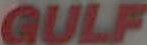
GULF